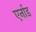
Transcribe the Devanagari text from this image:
एर्नाड